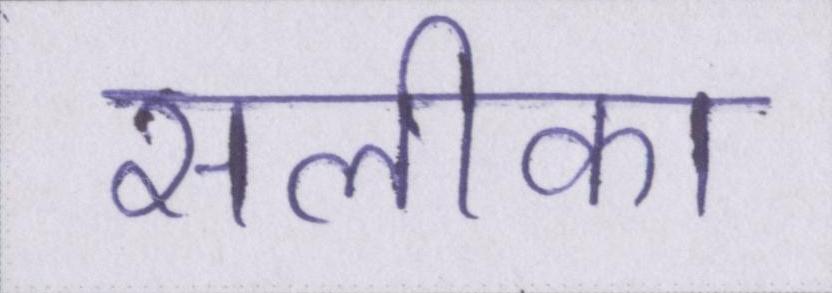
सलीका